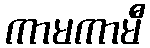
ကာမကာမီ